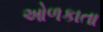
ઓળકાતા